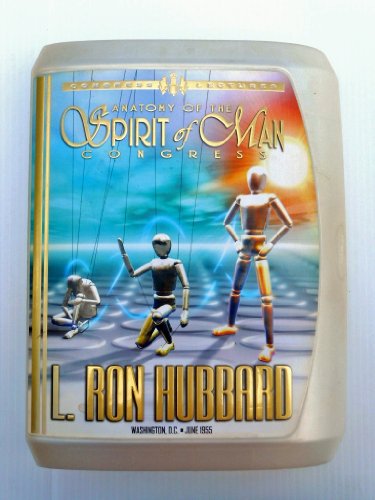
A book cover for The Anatomy of the Spirit; L. Ron Hubbard; Religion & Spirituality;